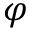
\varphi